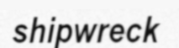
shipwreck